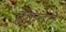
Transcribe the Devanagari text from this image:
क़ुएदते